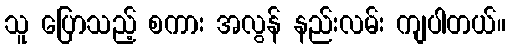
သူ ပြောသည့် စကား အလွန် နည်းလမ်း ကျပါတယ်။